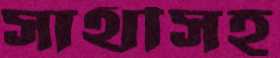
সাথীসহ